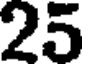
25